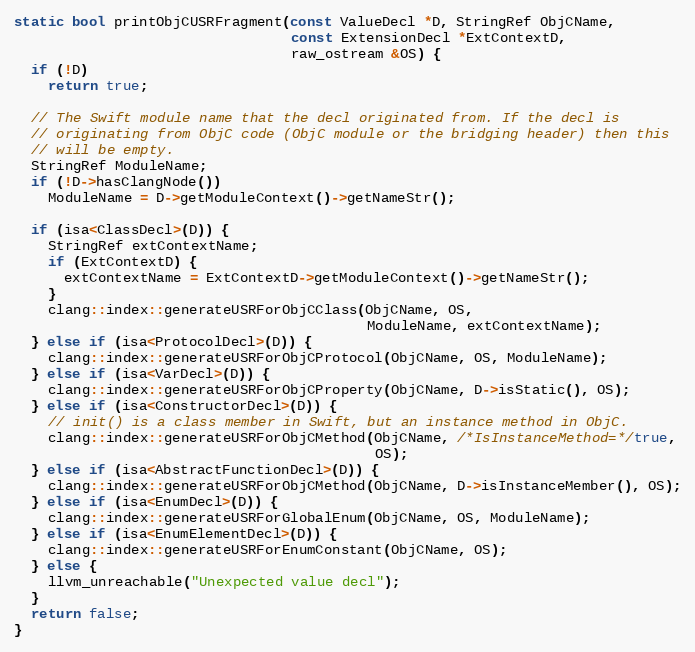
Language: C++
static bool printObjCUSRFragment(const ValueDecl *D, StringRef ObjCName,
                                 const ExtensionDecl *ExtContextD,
                                 raw_ostream &OS) {
  if (!D)
    return true;

  // The Swift module name that the decl originated from. If the decl is
  // originating from ObjC code (ObjC module or the bridging header) then this
  // will be empty.
  StringRef ModuleName;
  if (!D->hasClangNode())
    ModuleName = D->getModuleContext()->getNameStr();

  if (isa<ClassDecl>(D)) {
    StringRef extContextName;
    if (ExtContextD) {
      extContextName = ExtContextD->getModuleContext()->getNameStr();
    }
    clang::index::generateUSRForObjCClass(ObjCName, OS,
                                          ModuleName, extContextName);
  } else if (isa<ProtocolDecl>(D)) {
    clang::index::generateUSRForObjCProtocol(ObjCName, OS, ModuleName);
  } else if (isa<VarDecl>(D)) {
    clang::index::generateUSRForObjCProperty(ObjCName, D->isStatic(), OS);
  } else if (isa<ConstructorDecl>(D)) {
    // init() is a class member in Swift, but an instance method in ObjC.
    clang::index::generateUSRForObjCMethod(ObjCName, /*IsInstanceMethod=*/true,
                                           OS);
  } else if (isa<AbstractFunctionDecl>(D)) {
    clang::index::generateUSRForObjCMethod(ObjCName, D->isInstanceMember(), OS);
  } else if (isa<EnumDecl>(D)) {
    clang::index::generateUSRForGlobalEnum(ObjCName, OS, ModuleName);
  } else if (isa<EnumElementDecl>(D)) {
    clang::index::generateUSRForEnumConstant(ObjCName, OS);
  } else {
    llvm_unreachable("Unexpected value decl");
  }
  return false;
}